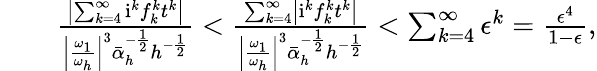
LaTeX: \begin{array}{rlr}&{}&{\frac{\left|\sum_{k=4}^{\infty}\mathrm{i}^{k}f_{k}^{k}t^{k}\right|}{\left|\frac{\omega_{1}}{\omega_{h}}\right|^{3}\bar{\alpha}_{h}^{-\frac{1}{2}}h^{-\frac{1}{2}}}<\frac{\sum_{k=4}^{\infty}\left|\mathrm{i}^{k}f_{k}^{k}t^{k}\right|}{\left|\frac{\omega_{1}}{\omega_{h}}\right|^{3}\bar{\alpha}_{h}^{-\frac{1}{2}}h^{-\frac{1}{2}}}<\sum_{k=4}^{\infty}\epsilon^{k}=\frac{\epsilon^{4}}{1-\epsilon},}\end{array}